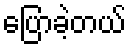
ပြောခဲ့တယ်